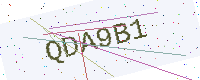
Text: QDA9B1